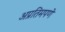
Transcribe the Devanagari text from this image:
अप्रतिमपणे